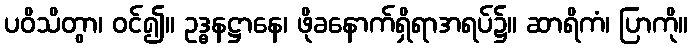
ပဝိသိတွာ၊ ဝင်၍။ ဥဒ္ဓနဋ္ဌာနေ၊ ဖိုခနောက်ရှိရာအရပ်၌။ ဆာရိကံ၊ ပြာကို။